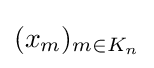
(x_{m})_{m\in K_{n}}